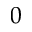
0